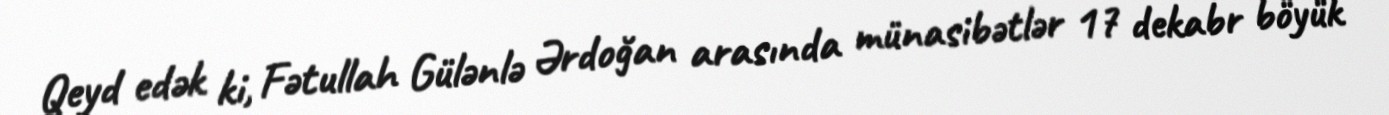
Qeyd edək ki, Fətullah Gülənlə Ərdoğan arasında münasibətlər 17 dekabr böyük